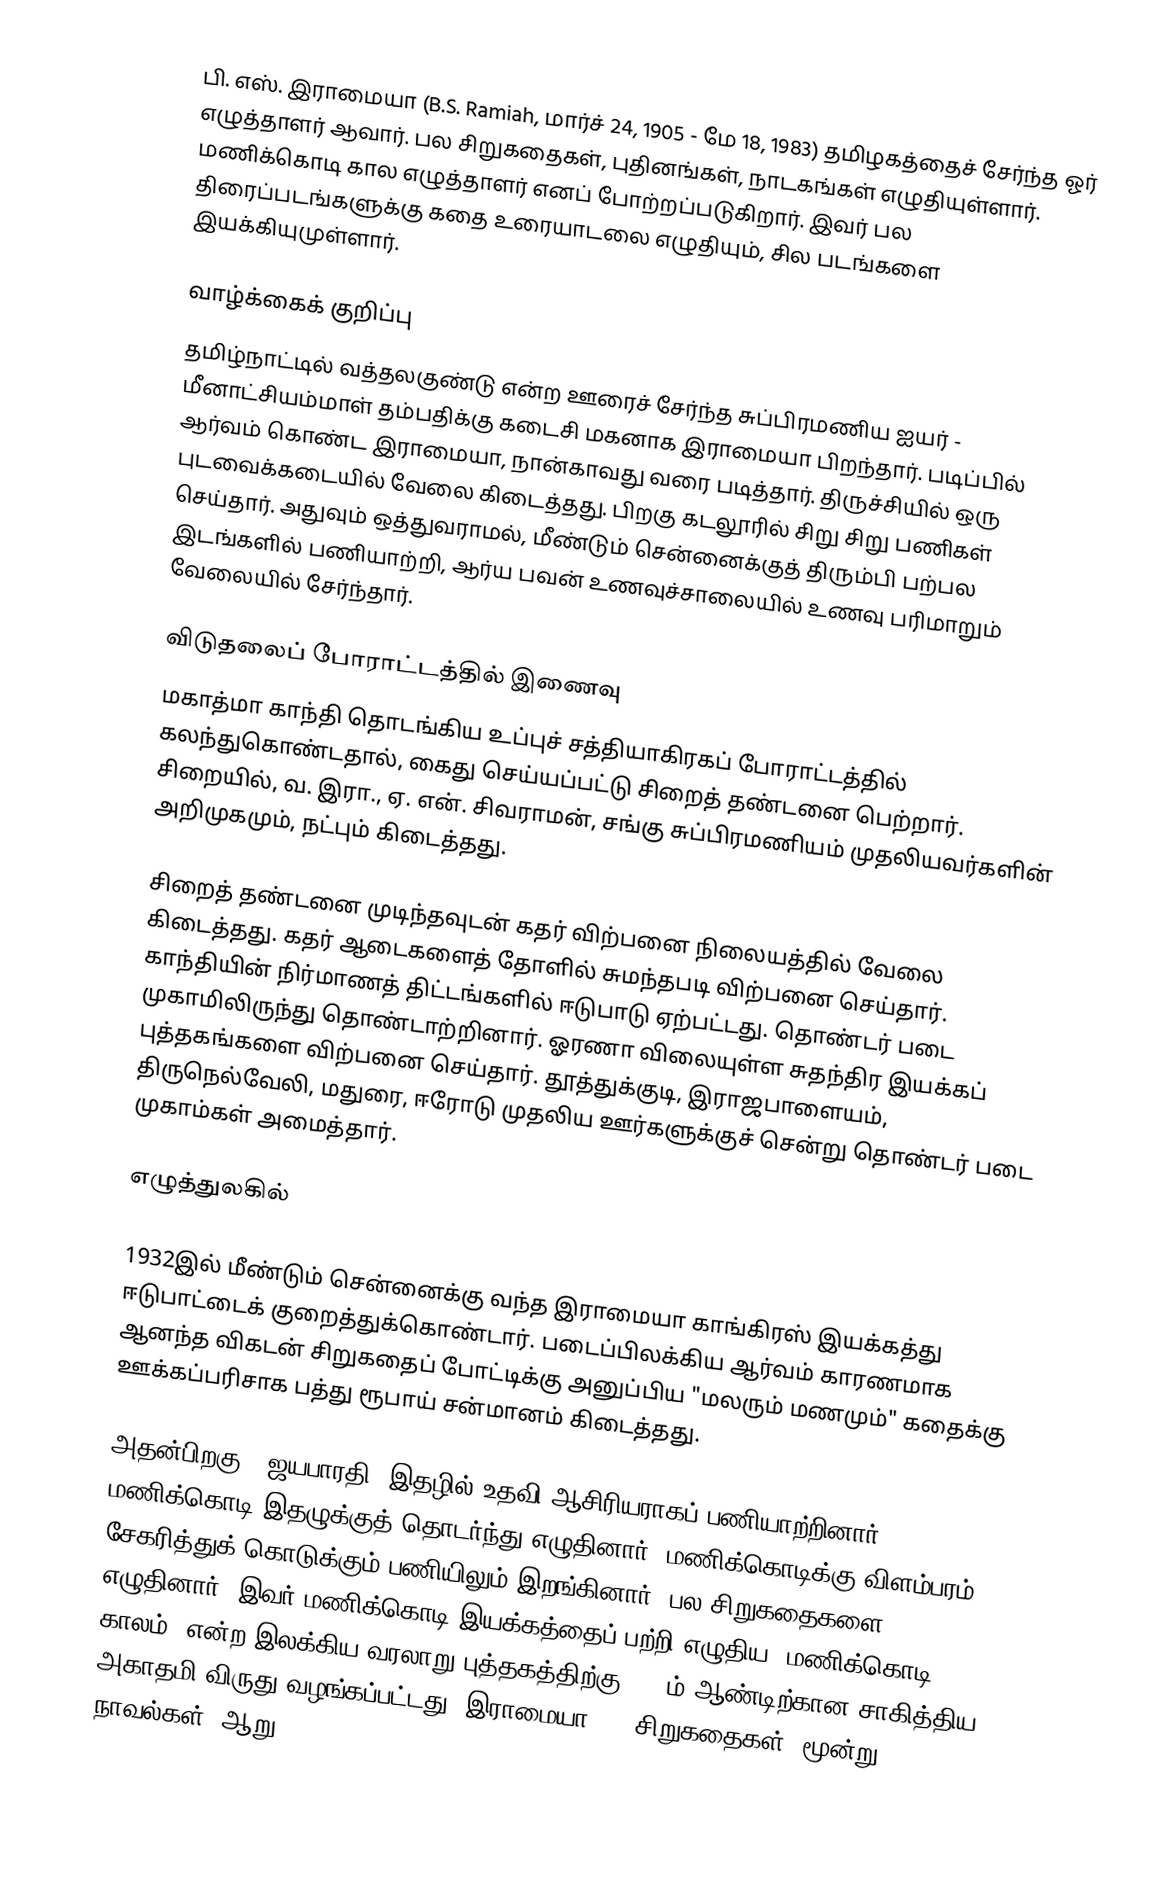
பி. எஸ். இராமையா (B.S. Ramiah, மார்ச் 24, 1905 - மே 18, 1983) தமிழகத்தைச் சேர்ந்த ஓர் எழுத்தாளர் ஆவார். பல சிறுகதைகள், புதினங்கள், நாடகங்கள் எழுதியுள்ளார். மணிக்கொடி கால எழுத்தாளர் எனப் போற்றப்படுகிறார். இவர் பல திரைப்படங்களுக்கு கதை உரையாடலை எழுதியும், சில படங்களை இயக்கியுமுள்ளார்.

வாழ்க்கைக் குறிப்பு
தமிழ்நாட்டில் வத்தலகுண்டு என்ற ஊரைச் சேர்ந்த சுப்பிரமணிய ஐயர் - மீனாட்சியம்மாள்  தம்பதிக்கு கடைசி மகனாக இராமையா பிறந்தார். படிப்பில் ஆர்வம் கொண்ட இராமையா, நான்காவது வரை படித்தார். திருச்சியில் ஒரு புடவைக்கடையில் வேலை கிடைத்தது. பிறகு கடலூரில் சிறு சிறு பணிகள் செய்தார். அதுவும் ஒத்துவராமல், மீண்டும் சென்னைக்குத் திரும்பி பற்பல இடங்களில் பணியாற்றி, ஆர்ய பவன் உணவுச்சாலையில் உணவு பரிமாறும் வேலையில் சேர்ந்தார்.

விடுதலைப் போராட்டத்தில் இணைவு
மகாத்மா காந்தி தொடங்கிய உப்புச் சத்தியாகிரகப் போராட்டத்தில் கலந்துகொண்டதால், கைது செய்யப்பட்டு சிறைத் தண்டனை பெற்றார். சிறையில், வ. இரா., ஏ. என். சிவராமன், சங்கு சுப்பிரமணியம் முதலியவர்களின் அறிமுகமும், நட்பும் கிடைத்தது.

சிறைத் தண்டனை முடிந்தவுடன் கதர் விற்பனை நிலையத்தில் வேலை கிடைத்தது. கதர் ஆடைகளைத் தோளில் சுமந்தபடி விற்பனை செய்தார். காந்தியின் நிர்மாணத் திட்டங்களில் ஈடுபாடு ஏற்பட்டது. தொண்டர் படை முகாமிலிருந்து தொண்டாற்றினார். ஓரணா விலையுள்ள சுதந்திர இயக்கப் புத்தகங்களை விற்பனை செய்தார். தூத்துக்குடி, இராஜபாளையம், திருநெல்வேலி, மதுரை, ஈரோடு முதலிய ஊர்களுக்குச் சென்று தொண்டர் படை முகாம்கள் அமைத்தார்.

எழுத்துலகில்

1932இல் மீண்டும் சென்னைக்கு வந்த இராமையா காங்கிரஸ் இயக்கத்து ஈடுபாட்டைக் குறைத்துக்கொண்டார். படைப்பிலக்கிய ஆர்வம் காரணமாக ஆனந்த விகடன் சிறுகதைப் போட்டிக்கு அனுப்பிய "மலரும் மணமும்" கதைக்கு ஊக்கப்பரிசாக பத்து ரூபாய் சன்மானம் கிடைத்தது.

அதன்பிறகு, "ஜயபாரதி" இதழில் உதவி ஆசிரியராகப் பணியாற்றினார். மணிக்கொடி இதழுக்குத் தொடர்ந்து எழுதினார். மணிக்கொடிக்கு விளம்பரம் சேகரித்துக் கொடுக்கும் பணியிலும் இறங்கினார். பல சிறுகதைகளை எழுதினார். இவர் மணிக்கொடி இயக்கத்தைப் பற்றி எழுதிய “மணிக்கொடி காலம்” என்ற இலக்கிய வரலாறு புத்தகத்திற்கு 1982ம் ஆண்டிற்கான சாகித்திய அகாதமி விருது வழங்கப்பட்டது. இராமையா 304 சிறுகதைகள், மூன்று நாவல்கள், ஆறு